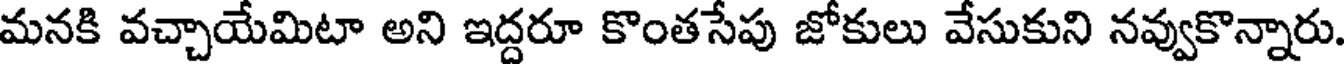
మనకి వచ్చాయేమిటా అని ఇద్దరూ కొంతసేపు జోకులు వేసుకుని నవ్వుకొన్నారు.